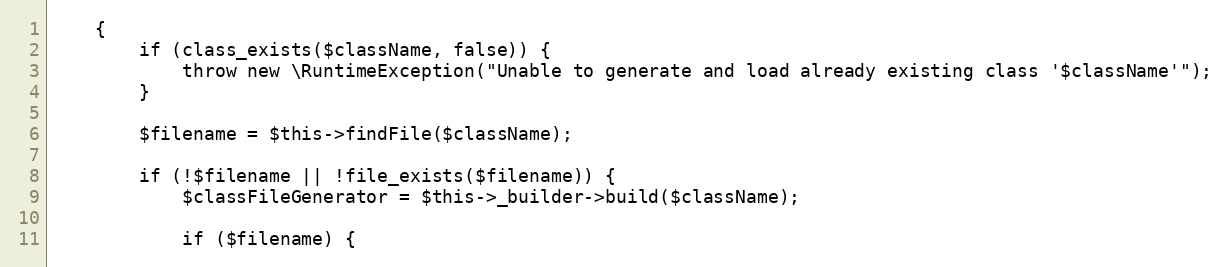
Language: PHP
    {
        if (class_exists($className, false)) {
            throw new \RuntimeException("Unable to generate and load already existing class '$className'");
        }

        $filename = $this->findFile($className);

        if (!$filename || !file_exists($filename)) {
            $classFileGenerator = $this->_builder->build($className);

            if ($filename) {